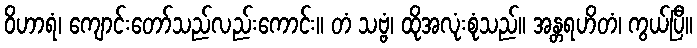
ဝိဟာရံ၊ ကျောင်းတော်သည်လည်းကောင်း။ တံ သဗ္ဗံ၊ ထိုအလုံးစုံသည်။ အန္တရဟိတံ၊ ကွယ်ပြီ။